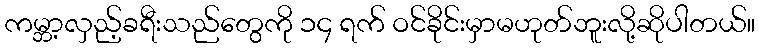
ကမ္ဘာ့လှည့်ခရီးသည်တွေကို ၁၄ ရက် ဝင်ခိုင်းမှာမဟုတ်ဘူးလို့ဆိုပါတယ်။